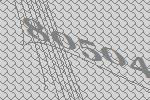
80504